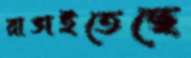
রাঙাইতেছে